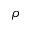
\rho